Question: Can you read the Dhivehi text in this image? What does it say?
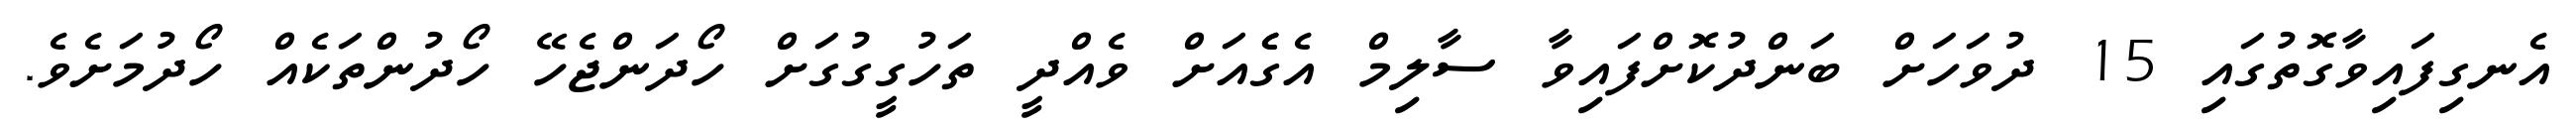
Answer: އެނގިފައިވާގޮތުގައި 15 ދުވަހަށް ބަންދުކޮށްފައިވާ ސާލިމް އެގެެއަށް ވެއްދީ ތަހުގީގުގަށް ހޯދަންޖެހޭ ހޯދުންތަކެއް ހޯދުމަށެވެ.